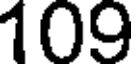
109